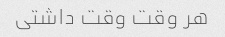
هر وقت وقت داشتی